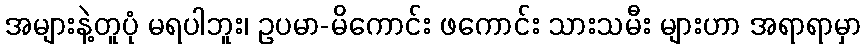
အများနဲ့တူပုံ မရပါဘူး၊ ဥပမာ-မိကောင်း ဖကောင်း သားသမီး များဟာ အရာရာမှာ